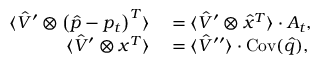
\begin{array} { r l } { \langle \hat { V } ^ { \prime } \otimes \left( \hat { p } - p _ { t } \right) ^ { T } \rangle } & { { } = \langle \hat { V } ^ { \prime } \otimes \hat { x } ^ { T } \rangle \cdot A _ { t } , } \\ { \langle \hat { V } ^ { \prime } \otimes x ^ { T } \rangle } & { { } = \langle \hat { V } ^ { \prime \prime } \rangle \cdot \operatorname { C o v } ( \hat { q } ) , } \end{array}